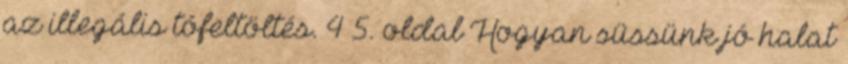
az illegális tófeltöltés. 4–5. oldal Hogyan süssünk jó halat